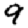
Digit: 9